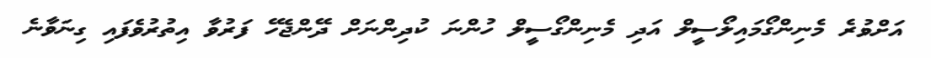
އަށްވުރެ މެނިންގޯމައިލޯސީލް އަދި މެނިންގޯސީލް ހުންނަ ކުދިންނަށް ދޭންޖެހޭ ފަރުވާ އިތުރުވެފައި ގިނަވާނެ